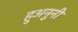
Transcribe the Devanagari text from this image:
हुअनुनी